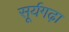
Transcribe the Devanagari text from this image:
सूर्यगढ़ा